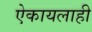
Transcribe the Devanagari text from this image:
ऐकायलाही